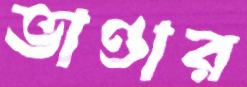
ভাণ্ডার